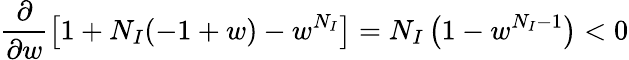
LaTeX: \frac{\partial}{\partial w}\left[1+N_{I}(-1+w)-w^{N_{I}}\right]=N_{I}\left(1-w^{N_{I}-1}\right)<0